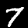
Label: 7